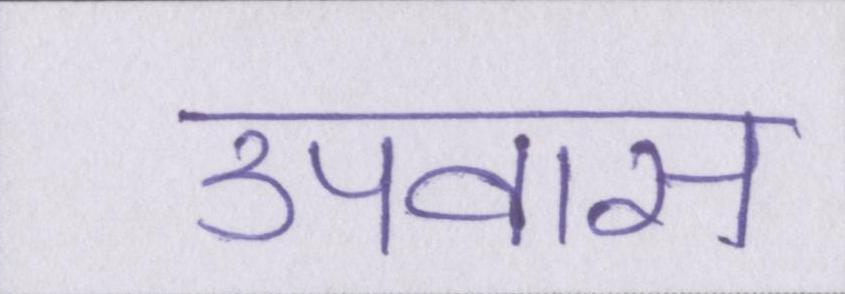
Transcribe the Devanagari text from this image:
उपवास